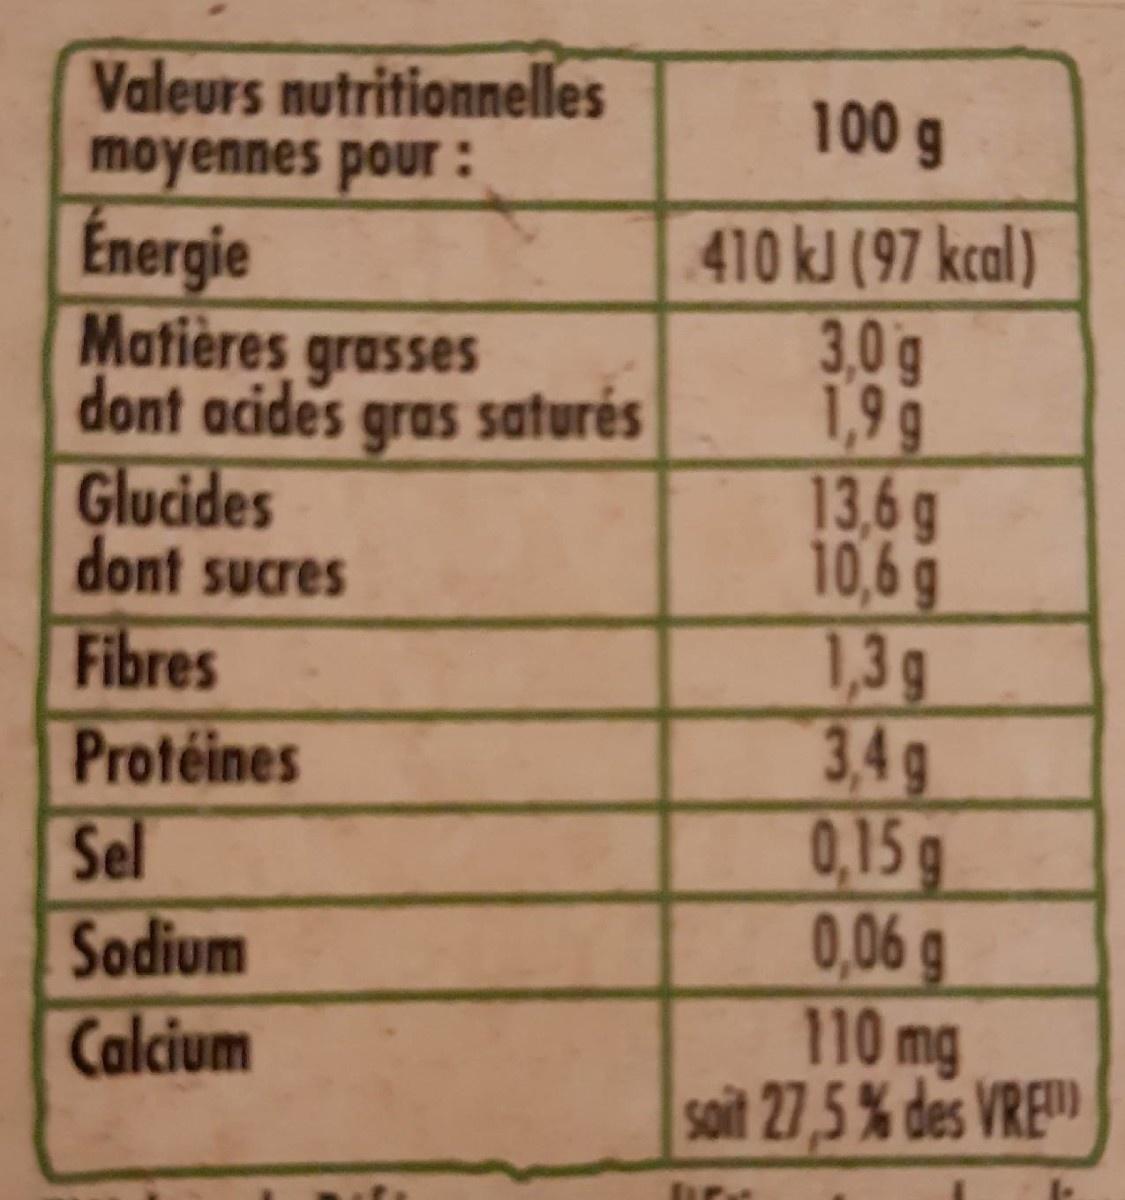
Valeurs nutritionnelles moyennes pour: Énergie Matières grasses dont acides gras saturés Glucides dont sucres
100 g
410 kJ (97 kcal) 3,0g 1,99 13,6g 10,6g 1,3g 3,4g 0,15 g 0,06 g 110mg soit 27,5 % des VRE
Fibres Protéines Sel Sodium Calcium